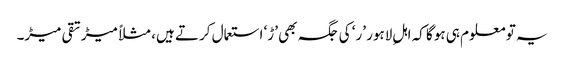
یہ تو معلوم ہی ہوگا کہ اہلِ لاہور ’ر‘ کی جگہ بھی ’ڑ‘ استعمال کرتے ہیں، مثلاً میڑ تقی میڑ۔